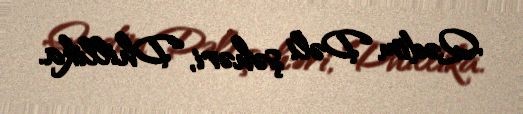
Qədim Dəli şəhəri, Dhillika.